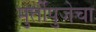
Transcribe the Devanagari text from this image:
मुर्तीपुजेचा